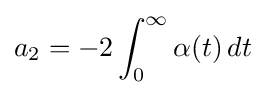
\displaystyle {a_{2}=-2\int _{0}^{\infty }\alpha (t)\,dt}